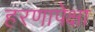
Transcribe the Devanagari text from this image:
हरणापेक्षा